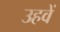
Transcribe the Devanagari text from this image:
उहवें